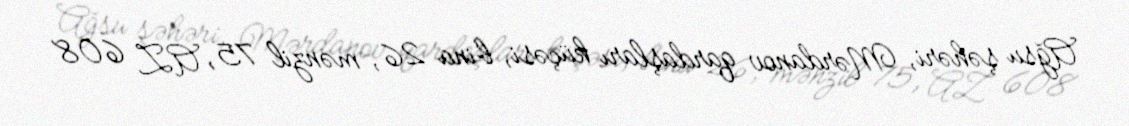
Ağsu şəhəri, Mərdanov qardaşları küçəsi, bina 26, mənzil 75, AZ 608